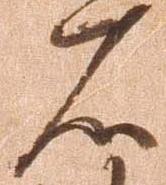
右